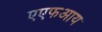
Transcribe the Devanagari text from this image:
एएफआय